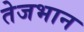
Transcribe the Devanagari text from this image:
तेजभान